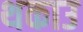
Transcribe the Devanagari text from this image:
थकाउ